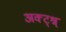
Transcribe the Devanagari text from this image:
अक्ट्श्न्